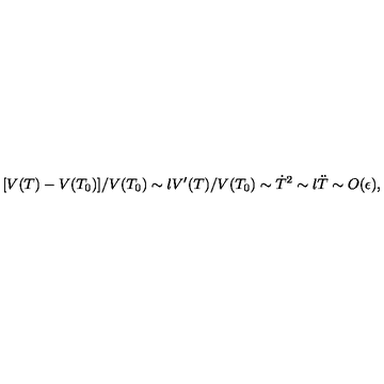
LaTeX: [ V ( T ) - V ( T _ { 0 } ) ] / V ( T _ { 0 } ) \sim l V ^ { \prime } ( T ) / V ( T _ { 0 } ) \sim \dot { T } ^ { 2 } \sim l \ddot { T } \sim O ( \epsilon ) ,